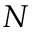
N